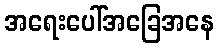
အရေးပေါ်အခြေအနေ